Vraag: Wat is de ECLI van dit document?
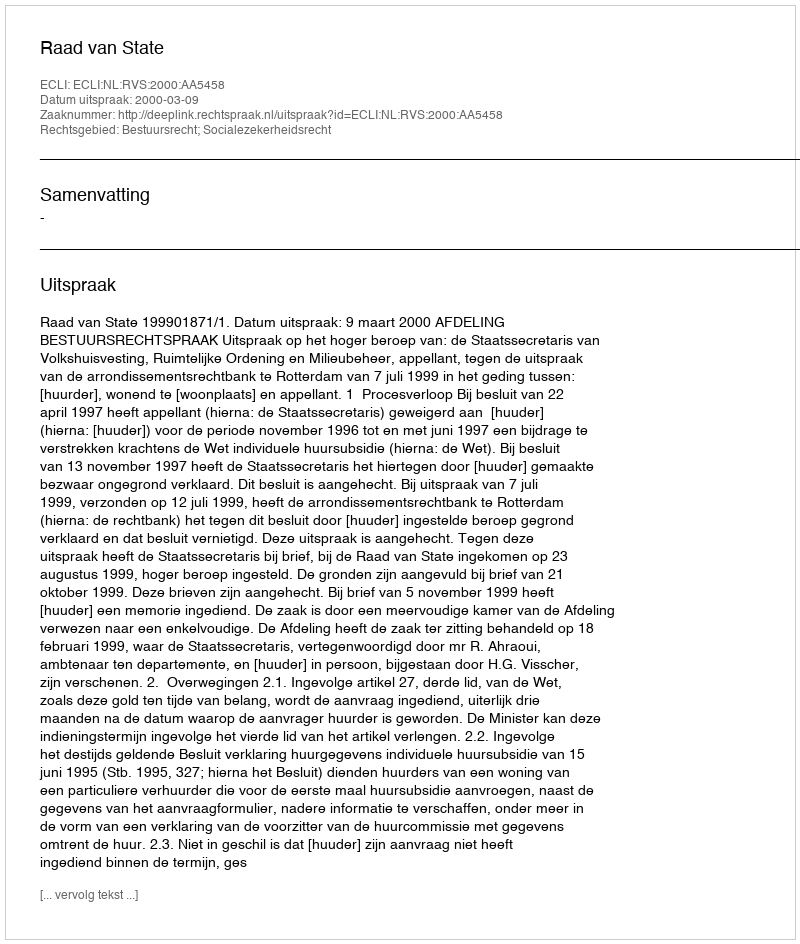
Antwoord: ECLI:NL:RVS:2000:AA5458